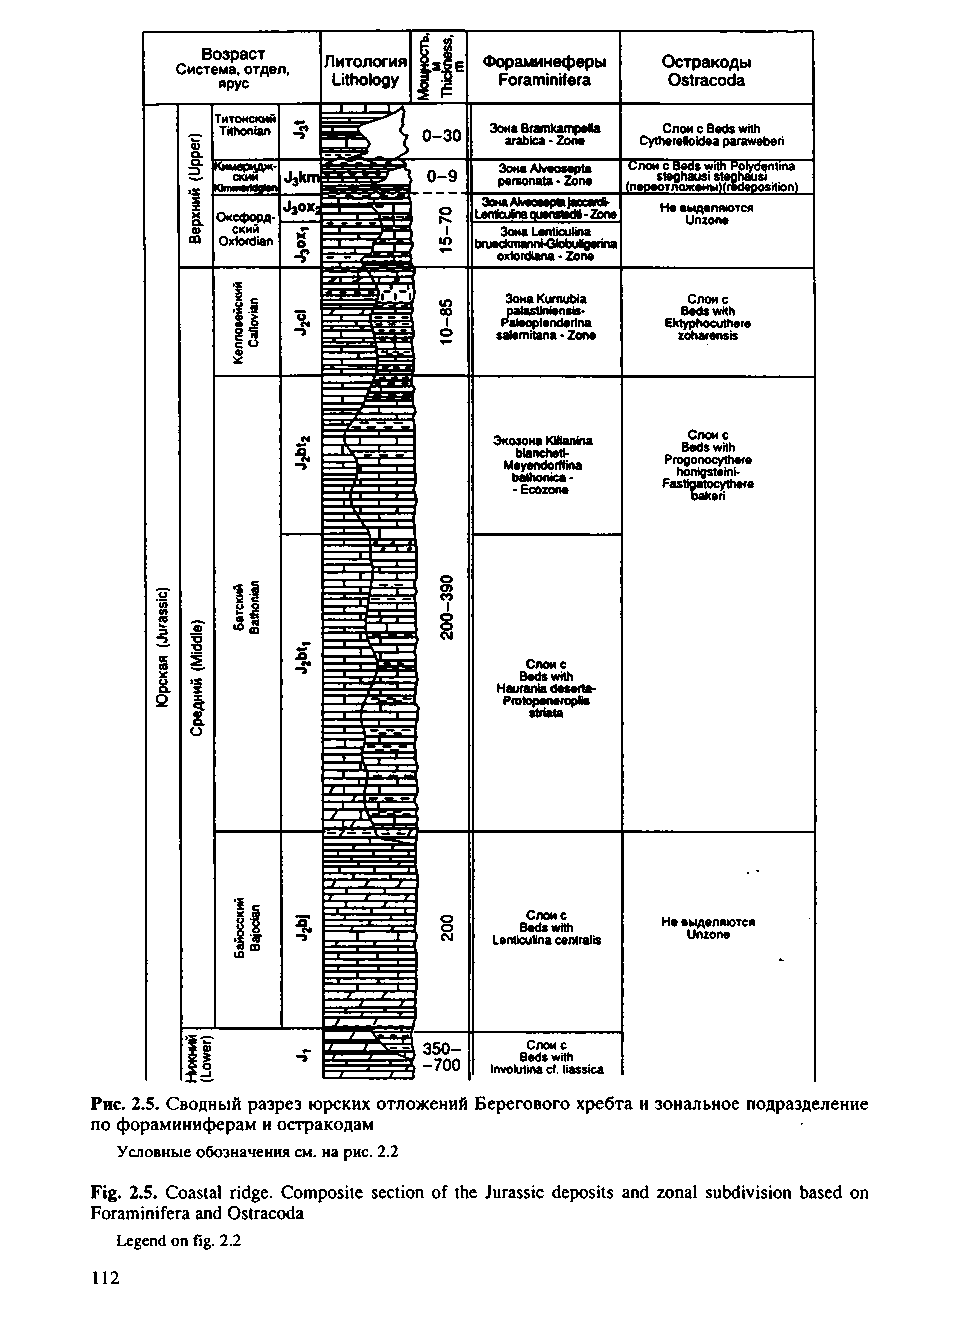
Возраст
 Фораминеферы Остракоды
 Система, отдел,
 ярус               Foraminifera Ostracoda
 Зона Bramkampella Слои c Beds with
 arabica - Zone Cytherelloidea paraweberi
 Зона Alveosepta Слои c Beds with Polydentina
 personata - Zone steghausi steghausi
 (nepeoTnonceHwHredeposition)
 Зона Ahooeepta Jaocaidi» He выделяются
 LenfcuinaquenstBdli-Zone Unzone
 Зона Lenticulina
 brueckmanni-Globuttgenna
 oxfordiana - Zone
 Зона Kurnubia Слои c
 palastiniensis- Beds with
 Paleoplenderina Ektyphocuthere
 salemitana • Zone zoharensis
 Экоэона KJlianina Слои c
 biancheti- Beds with
 M b •e ay Ete chn ood zn oo i nr cf eafin - a FP ar so h tg o fao n an ig to osc ctey yit tnh hie - e r re e
 oaken
 Слои c
 Beds with
 Haurania deserta-
 Protopeneroplis
 striata
 Слои c
 Beds with He выделяются
 Lenticulina centralis Unzone
 350-   Слои c
 Beds with
 -700 Involutina cf. liassica
 Рис. 2.5. Сводный разрез юрских отложений Берегового хребта и зональное подразделение
 по фораминиферам и остракодам
 Условные обозначения см. на рис. 2.2
 Fig. 2.5. Coastal ridge. Composite section of the Jurassic deposits and zonal subdivision based on
 Foraminifera and Ostracoda
 Legend on fig. 2.2
 112